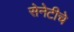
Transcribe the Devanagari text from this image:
सेनेटीचे